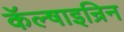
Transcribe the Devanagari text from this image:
कॅल्षाइन्रिन